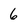
Character: 6